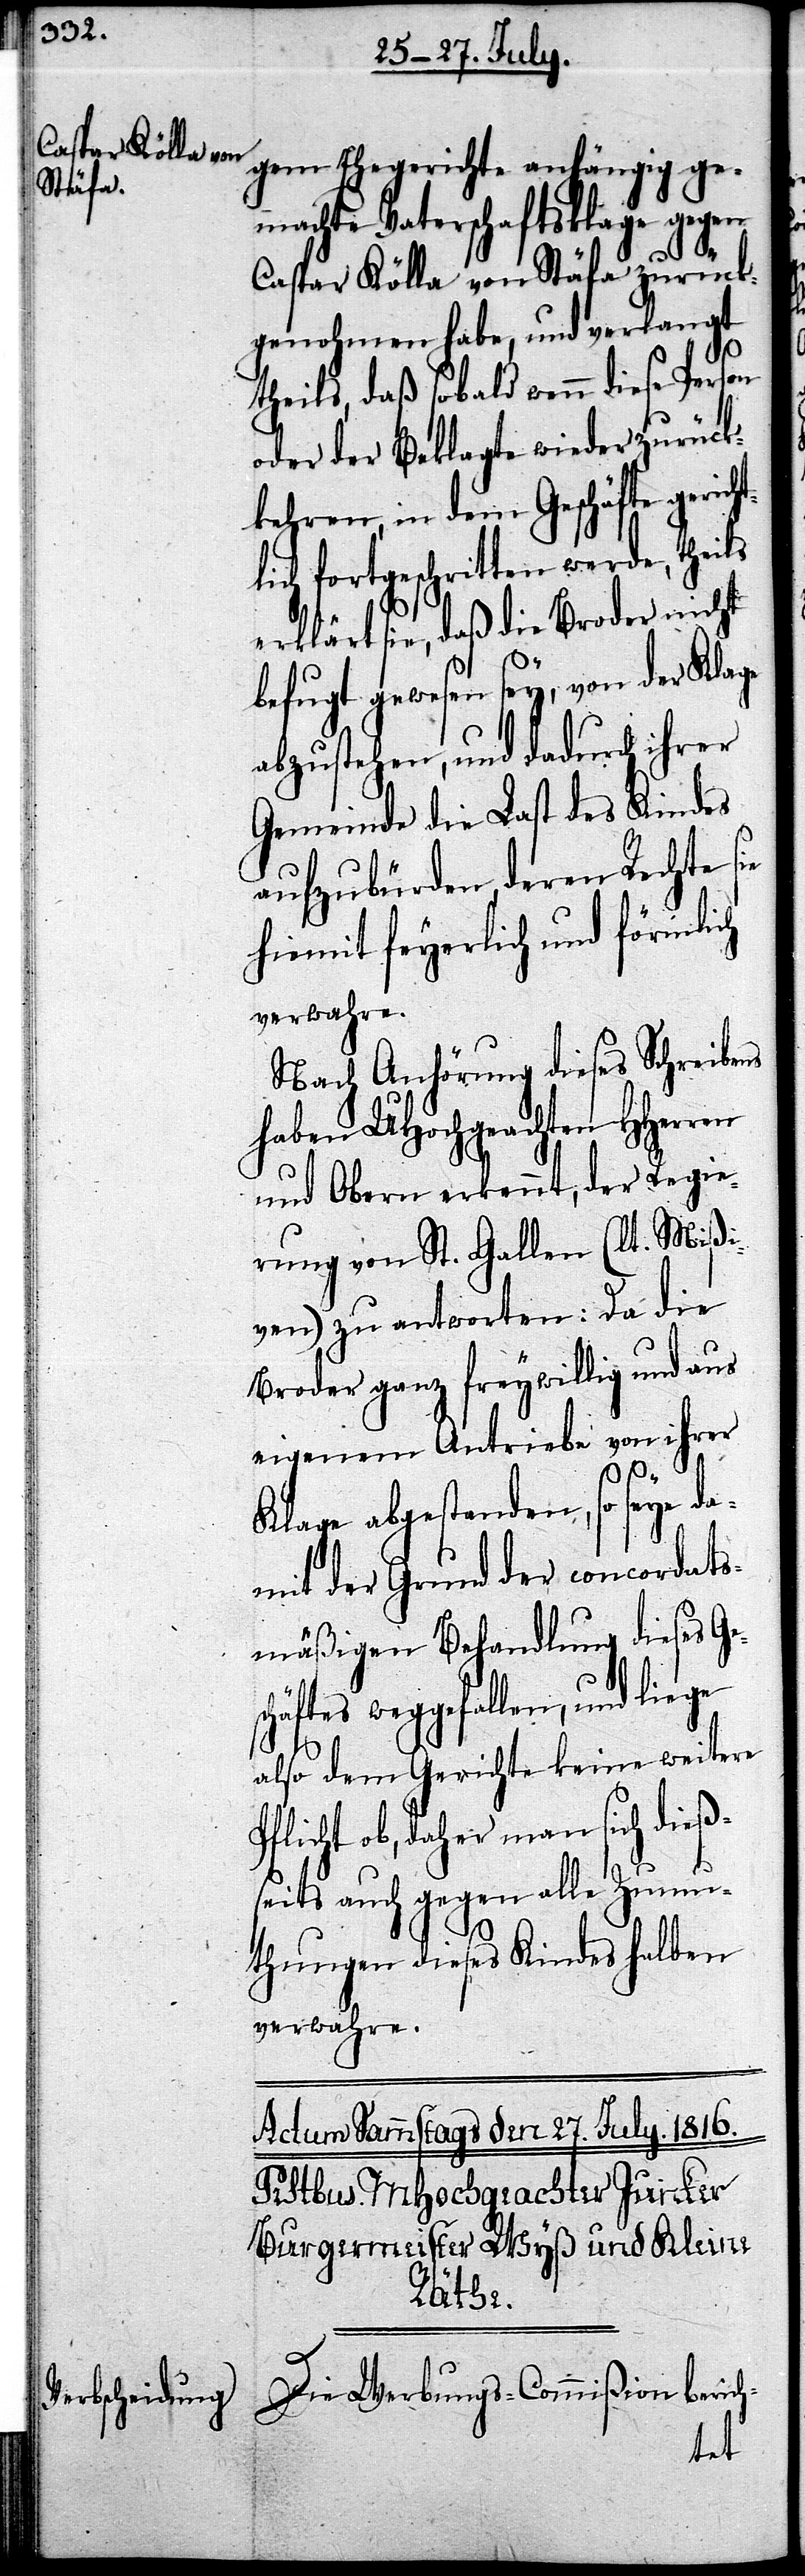
gen Ehegerichte anhängig ge¬
machte Vaterschaftsklage gegen
s¬
Caspar Kölla von Stäfa zurück¬
genohmen habe, und verlangt
theils, daß sobald wenn
oder der Beklagte wieder zurück¬
kehren, in dem Geschäfte gerich¬
lich fortgeschritten werde, theils
erklärt sie, daß die Broder nicht
befugt gewesen sey, von der Klage
abzustehen, und dadurch ihrer
Gemeinde die Last des Kindes
aufzubürden, deren Rechte sie
hiemit feyerlich und förmlich
verwahre.
Nach Anhörung dieses Schreibens
haben UHochgeachten HHerren
und Obern erkennt, der Regie¬
rung von St. Gallen (lt. Mißi¬
ven) zu antworten: Da die
Broder ganz freywillig und aus
eigenem Antriebe von ihrer
Klage abgestanden, so seye da¬
mit der Grund der concordats¬
mäßigen Behandlung dieses Ge¬
chäftes weggefallen, und liege
also dem Gerichte keine weitere
Pflicht ob, daher man sich dieß¬
seits auch gegen alle Zumu¬
thungen dieses Kindes halben
verwahre.
Die Werbungs-Commißion berich-
diese